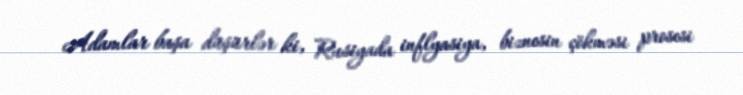
Adamlar başa düşürlər ki, Rusiyada inflyasiya, biznesin çökməsi prosesi